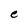
Character: e